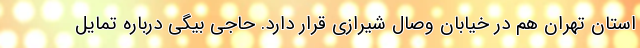
استان تهران هم در خیابان وصال شیرازی قرار دارد. حاجی بیگی درباره تمایل